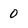
Character: 0